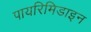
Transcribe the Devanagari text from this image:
पायरिमिडाइन